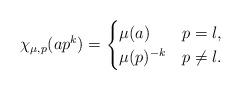
LaTeX: \begin{align*}\chi_{\mu,p}(ap^k) = \begin{cases}\mu(a) & p=l,\\\mu(p)^{-k} & p\neq l.\end{cases} \end{align*}